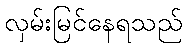
လှမ်းမြင်နေရသည်